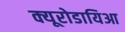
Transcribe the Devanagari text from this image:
क्यूरोडायिआ